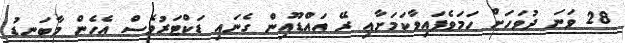
28 ވަނަ ދުވަހަށް ހަމަވެފައިވާކަމަށާއި ރޭ އައްޑޫއިން ގެނައި ޑަކްޓަރުވެސް އެހެން މާބަނޑު